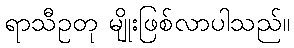
ရာသီဥတု မျိုးဖြစ်လာပါသည်။